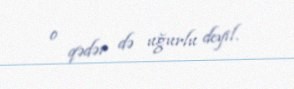
o qədər də uğurlu deyil.